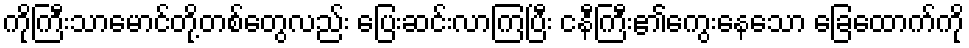
ကိုကြီးသာမောင်တို့တစ်တွေလည်း ပြေးဆင်းလာကြပြီး ငနီကြီး၏ကွေးနေသော ခြေထောက်ကို